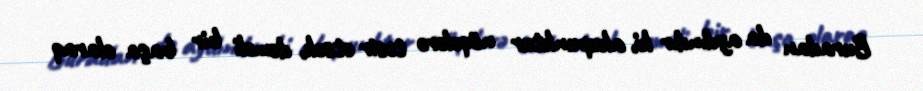
Buradan da aydındır ki, akupunktur nöqələrə təsir etsək, deməli bir başa olaraq